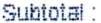
SUBTOTAL :